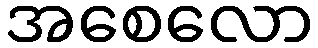
အစေလော